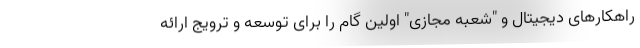
راهکارهای دیجیتال و "شعبه مجازی" اولین گام را برای توسعه و ترویج ارائه